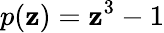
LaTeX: p(\mathbf{z})=\mathbf{z}^{3}-1